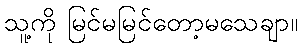
သူ့ကို မြင်မမြင်တော့မသေချာ။